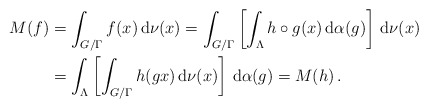
\begin{align*}M(f) & = \int_{G/\Gamma } f(x)\, {\mathrm{d}}\nu (x) = \int_{G/\Gamma }\left[\int_\Lambda h \circ g (x)\, {\mathrm{d}}\alpha (g)\right] \, {\mathrm{d}}\nu (x)\\ & = \int_\Lambda \left[\int_{G/\Gamma } h (g x)\, {\mathrm{d}}\nu (x)\right]\, {\mathrm{d}}\alpha (g) = M (h )\, . \end{align*}